画像に写った文字を読んでください
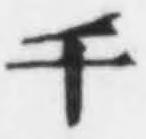
「千」と書いてあります